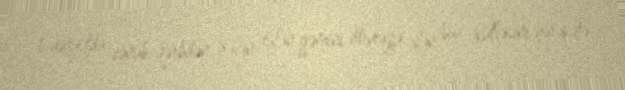
1 avqustda cənub-qərbdən gələn tufan gəmini dövrəyə alan buz kütləsini hərəkətə